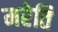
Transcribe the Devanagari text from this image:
मरेति